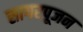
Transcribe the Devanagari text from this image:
सागरपूजन